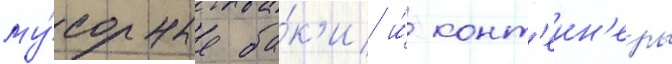
му́сорные ба́к'и и́ конт'еин'еры